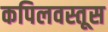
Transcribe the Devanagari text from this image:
कपिलवस्तूस